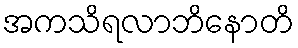
အကသိရလာဘိနောတိ